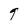
Character: 9